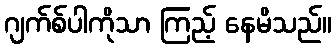
ဂျက်စ်ပါကိုသာ ကြည့် နေမိသည်။